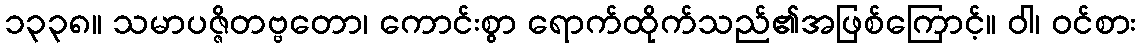
၁၃၃၈။ သမာပဇ္ဇိတဗ္ဗတော၊ ကောင်းစွာ ရောက်ထိုက်သည်၏အဖြစ်ကြောင့်။ ဝါ၊ ဝင်စား